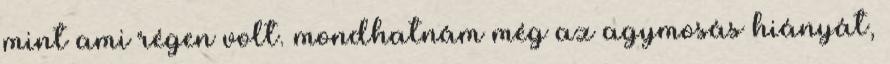
mint ami régen volt. mondhatnám még az agymosás hiányát,